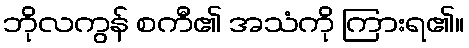
ဘိုလကွန် စကီ၏ အသံကို ကြားရ၏။